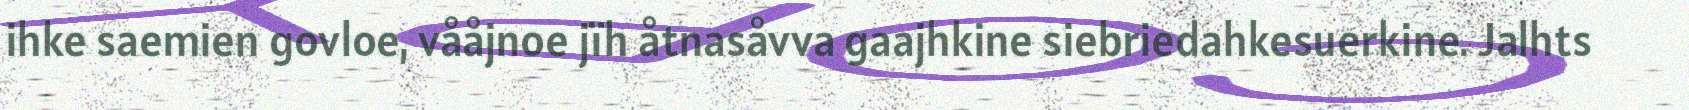
ihke saemien govloe, vååjnoe jïh åtnasåvva gaajhkine siebriedahkesuerkine. Jalhts